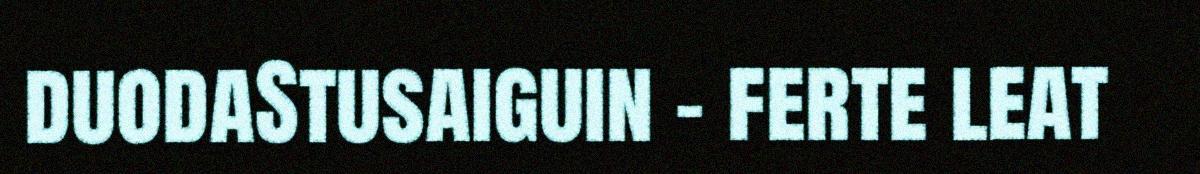
duodaStusaiguin - ferte leat